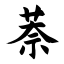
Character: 萘